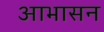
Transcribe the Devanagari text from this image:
आभासन